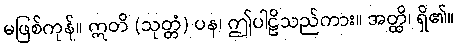
မဖြစ်ကုန်။ ဣတိ (သုတ္တံ) ပန၊ ဤပါဠိသည်ကား။ အတ္ထိ၊ ရှိ၏။